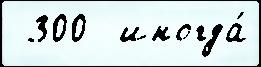
 300  иногда́